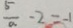
\frac { 5 } { a } - 2 = - 1